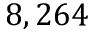
8 , 2 6 4